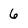
Character: 6